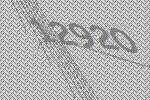
12920